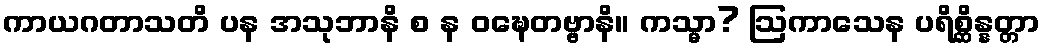
ကာယဂတာသတိ ပန အသုဘာနိ စ န ဝဍ္ဎေတဗ္ဗာနိ။ ကသ္မာ? ဩကာသေန ပရိစ္ဆိန္နတ္တာ